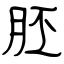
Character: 胚